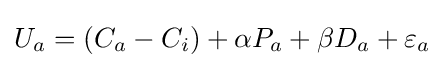
U_{a}=(C_{a}-C_{i})+\alpha P_{a}+\beta D_{a}+\varepsilon _{a}